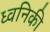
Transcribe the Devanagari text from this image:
ध्‍वनिकी